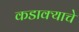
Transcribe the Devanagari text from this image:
कडाक्याचे